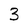
Character: 3